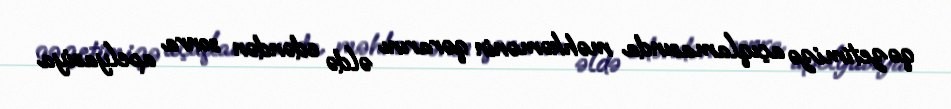
qəzetimizə açıqlamasında məhkəmənin qərarını əldə edəndən sonra apelyasiya